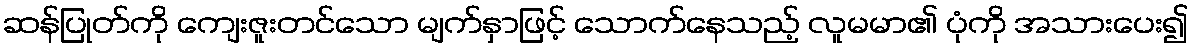
ဆန်ပြုတ်ကို ကျေးဇူးတင်သော မျက်နှာဖြင့် သောက်နေသည့် လူမမာ၏ ပုံကို အသားပေး၍